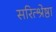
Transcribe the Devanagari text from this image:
सरित्श्रेष्ठा